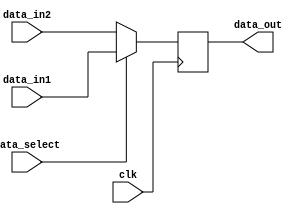
`timescale 1ns / 1ps
//////////////////////////////////////////////////////////////////////////////////
// Company: 
// Engineer: 
// 
// Design Name: 
// Module Name:    data_select 
// Project Name: 
// Target Devices: 
// Tool versions: 
// Description: 
//
// Dependencies: 
//
// Revision: 
// Revision 0.01 - File Created
// Additional Comments: 
//
//////////////////////////////////////////////////////////////////////////////////
module data_select(
			clk,data_in1,data_in2,data_out,data_select
    );
	 
	 input  clk ;
	 input  [15:0]data_in1,data_in2 ;
	 input  data_select ;
	 output [15:0]data_out ;
	 
	 
	 reg  [15:0]data_out ;
	 
	 always @ ( posedge clk )
		begin
			if ( data_select )
				begin
					data_out <= data_in1 ;
				end
			else
				begin
					data_out <= data_in2 ;
				end
		end


endmodule